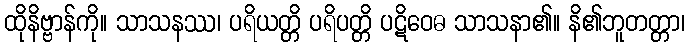
ထိုနိဗ္ဗာန်ကို။ သာသနဿ၊ ပရိယတ္တိ ပရိပတ္တိ ပဋိဝေဓ သာသနာ၏။ နိ၏ဘူတတ္တာ၊